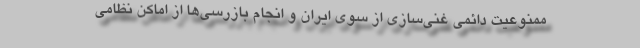
ممنوعیت دائمی غنی‌سازی از سوی ایران و انجام بازرسی‌ها از اماکن نظامی